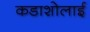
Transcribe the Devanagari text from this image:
कडाशोलाई